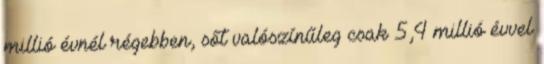
millió évnél régebben, sőt valószínűleg csak 5,4 millió évvel